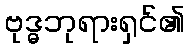
ဗုဒ္ဓဘုရားရှင်၏